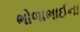
ભોળાભાઈના